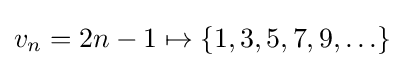
v_{n}=2n-1\mapsto \{1,3,5,7,9,\ldots \}